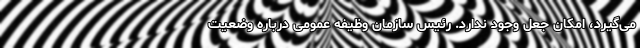
می‌گیرد، امکان جعل وجود ندارد. رئیس سازمان وظیفه عمومی درباره وضعیت